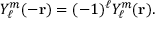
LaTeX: Y _ { \ell } ^ { m } ( - \mathbf { r } ) = ( - 1 ) ^ { \ell } Y _ { \ell } ^ { m } ( \mathbf { r } ) .